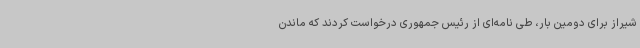
شیراز برای دومین بار، طی نامه‌ای از رئیس جمهوری درخواست کردند که ماندن